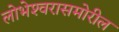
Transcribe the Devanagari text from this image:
लोभेश्‍वरासमोरील